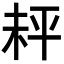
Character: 𪲅